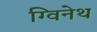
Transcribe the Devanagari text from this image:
ग्विनेथ